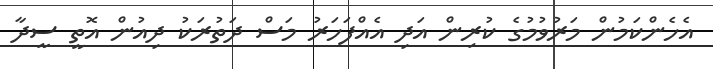
އެހެންކަމުން މަރުވުމުގެ ކުރިން އަދި އެއްފަހަރު މަސް ދަތުރަކު ދިއުން އޮތީ ސީދާ